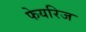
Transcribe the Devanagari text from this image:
फेयरिज